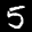
Digit: 5